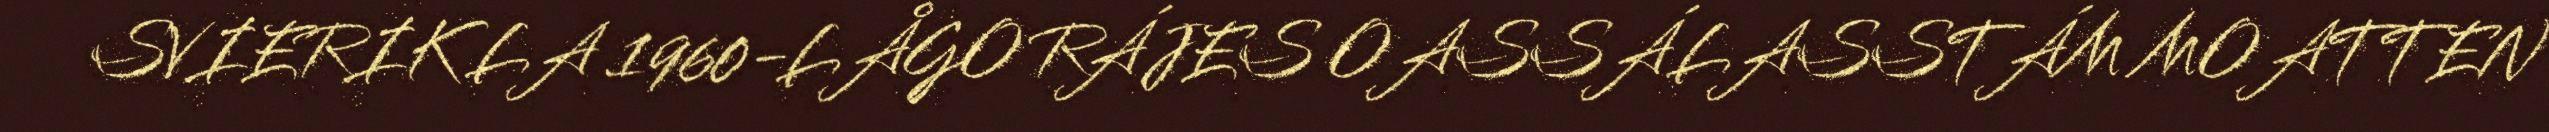
SVIERIK LA 1960-LÅGO RÁJES OASSÁLASSTÁM MOATTEN